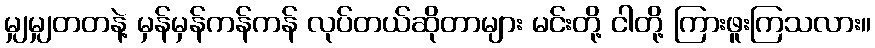
မျှမျှတတနဲ့ မှန်မှန်ကန်ကန် လုပ်တယ်ဆိုတာများ မင်းတို့ ငါတို့ ကြားဖူးကြသလား။